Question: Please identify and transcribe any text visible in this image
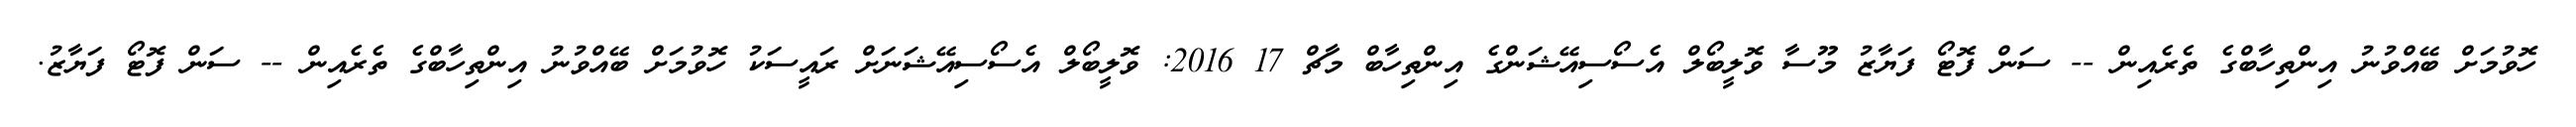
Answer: ހޮވުމަށް ބޭއްވުނު އިންތިހާބްގެ ތެރެއިން -- ސަން ފޮޓޯ ފަޔާޒު މޫސާ ވޮލީބޯލް އެސޯސިއޭޝަންގެ އިންތިހާބް މާޗް 17 2016: ވޮލީބޯލް އެސޯސިއޭޝަނަށް ރައީސަކު ހޮވުމަށް ބޭއްވުނު އިންތިހާބްގެ ތެރެއިން -- ސަން ފޮޓޯ ފަޔާޒު.